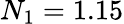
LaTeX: N_{1}=1.15